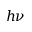
h \nu